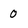
Character: 0